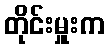
တိုင်းမှူးက